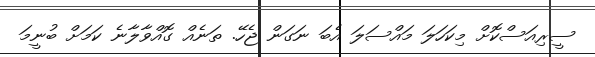
ސީރިއަސްކޮށް މިކަހަލަ މައްސަލަ އެބަ ނަގަން ޖެހޭ. ތަނެއް ގޮއްވާލާނެ ކަމަށް ބުނީމަ